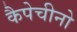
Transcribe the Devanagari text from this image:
कैपेचीनो